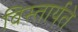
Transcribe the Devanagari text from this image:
विस्तार्यते